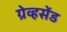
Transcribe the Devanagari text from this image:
ग्रेव्हसेंड